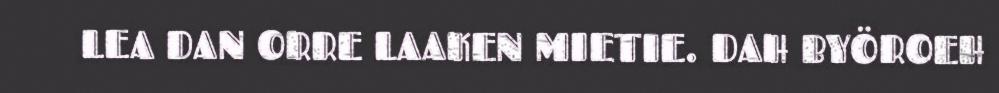
LEA DAN ORRE LAAKEN MIETIE. DAH BYÖROEH